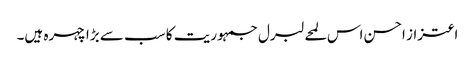
اعتزاز احسن اس لمحے لبرل جمہوریت کا سب سے بڑا چہرہ ہیں۔